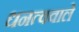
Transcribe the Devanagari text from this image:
धनत्ववाले